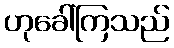
ဟုခေါ်ကြသည်